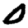
Digit: 0